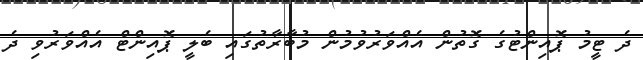
ދެ ޓީމު ޕޮއިންޓުގެ ގޮތުން އެއްވަރުވުމުން މުބާރާތުގައި ބެލީ ޕޮއިންޓް އެއްވަރުވި ދެ